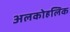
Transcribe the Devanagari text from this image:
अलकोहलिक